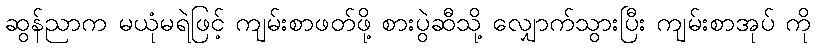
ဆွန်ညာက မယုံမရဲဖြင့် ကျမ်းစာဖတ်ဖို့ စားပွဲဆီသို့ လျှောက်သွားပြီး ကျမ်းစာအုပ် ကို